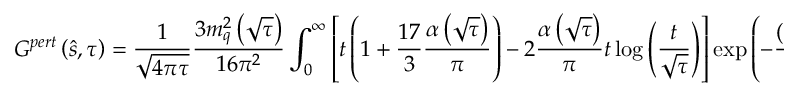
G ^ { p e r t } \left( \hat { s } , \tau \right) = \frac { 1 } { \sqrt { 4 \pi \tau } } \frac { 3 m _ { q } ^ { 2 } \left( \sqrt { \tau } \right) } { 1 6 \pi ^ { 2 } } \int _ { 0 } ^ { \infty } \left[ t \left( 1 + \frac { 1 7 } { 3 } \frac { \alpha \left( \sqrt { \tau } \right) } { \pi } \right) - 2 \frac { \alpha \left( \sqrt { \tau } \right) } { \pi } t \log { \left( \frac { t } { \sqrt { \tau } } \right) } \right] \exp { \left( - \frac { \left( t - \hat { s } \right) ^ { 2 } } { 4 \tau } \right) } \, d t